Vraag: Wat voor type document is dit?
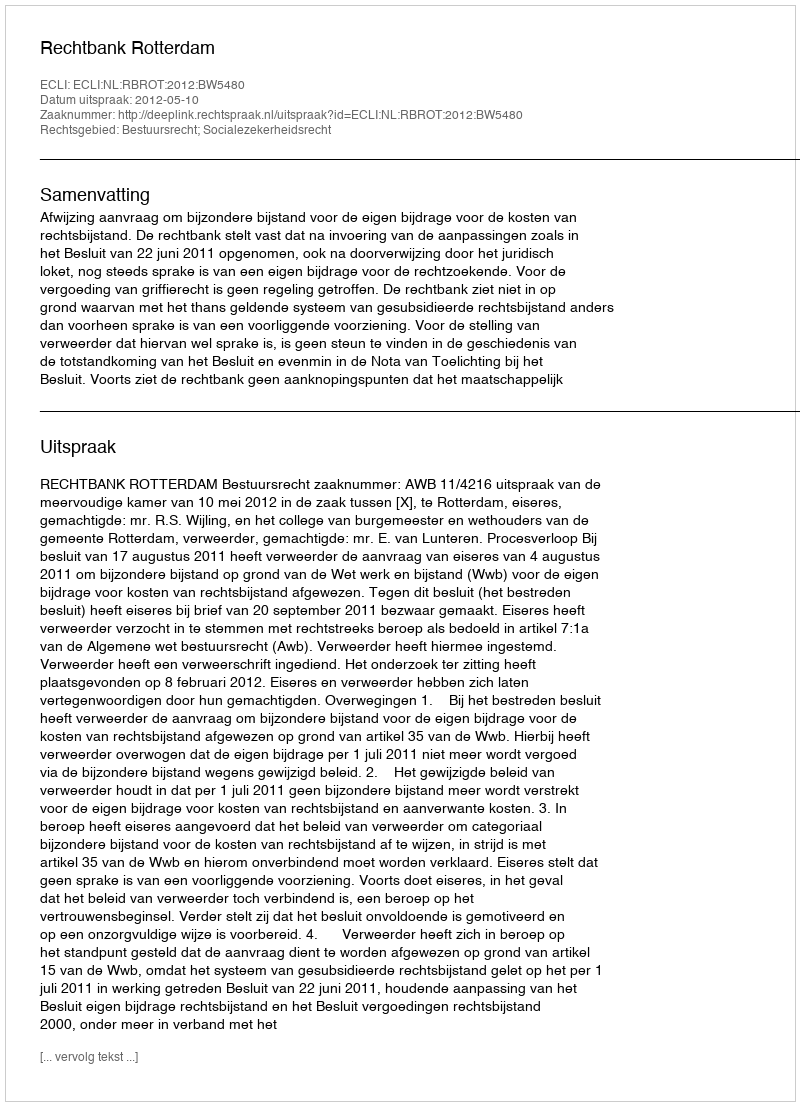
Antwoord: Uitspraak